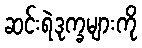
ဆင်းရဲဒုက္ခများကို